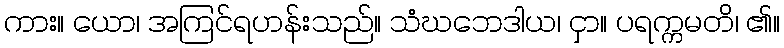
ကား။ ယော၊ အကြင်ရဟန်းသည်။ သံဃဘေဒါယ၊ ငှာ။ ပရက္ကမတိ၊ ၏။